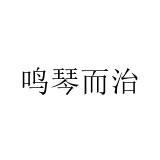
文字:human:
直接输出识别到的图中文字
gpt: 鸣琴而治